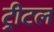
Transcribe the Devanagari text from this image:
ट्रीटल